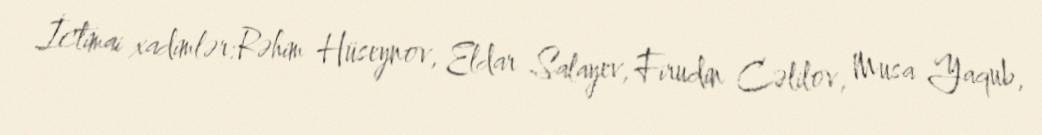
İctimai xadimlər:Rəhim Hüseynov, Eldar Salayev, Firudin Cəlilov, Musa Yaqub,